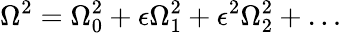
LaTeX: \Omega^{2}=\Omega_{0}^{2}+\epsilon\Omega_{1}^{2}+\epsilon^{2}\Omega_{2}^{2}+\dots